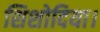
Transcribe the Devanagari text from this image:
शिशोदिया।